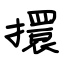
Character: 擐